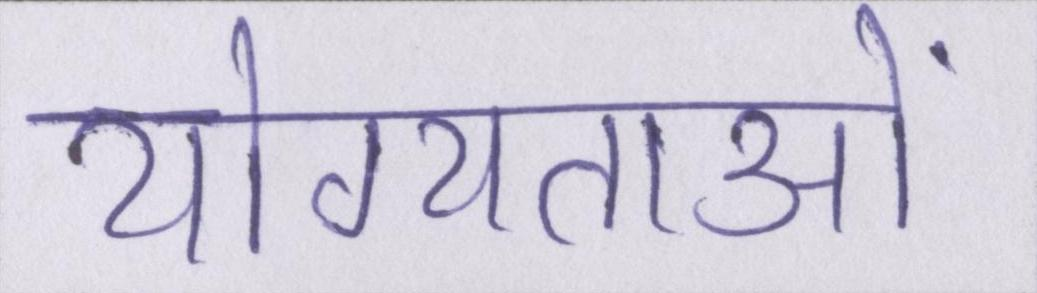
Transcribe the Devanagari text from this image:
योग्यताओं